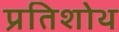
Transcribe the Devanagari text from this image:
प्रतिशोथ